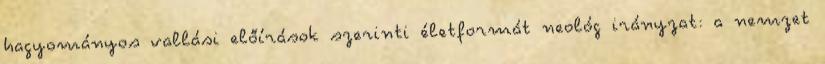
hagyományos vallási előírások szerinti életformát neológ irányzat: a nemzet